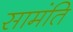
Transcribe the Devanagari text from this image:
सामंति